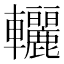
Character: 𨐀